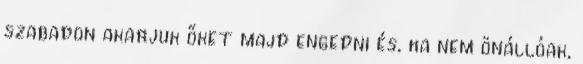
szabadon akarjuk őket majd engedni és, ha nem önállóak,